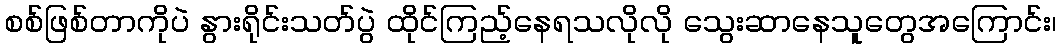
စစ်ဖြစ်တာကိုပဲ နွားရိုင်းသတ်ပွဲ ထိုင်ကြည့်နေရသလိုလို သွေးဆာနေသူတွေအကြောင်း၊